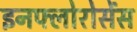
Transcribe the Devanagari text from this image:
इनफ्लोरोसेंस